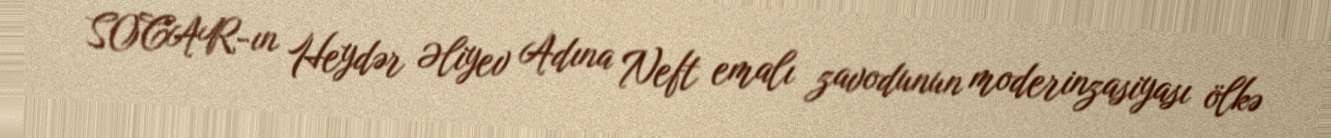
SOCAR-ın Heydər Əliyev Adına Neft emalı zavodunun moderinzasiyası ölkə